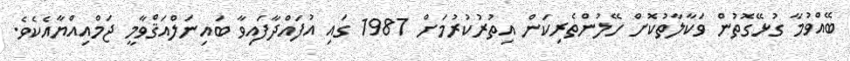
ބޭއްވުމާ ގުޅޭގޮތުން ވަކާލާތުކޮށް ހޭލުންތެރިކަން އިތުރުކުރުމަށް 1987 ގައި އުފައްދާފައިވާ ބައިނަލްއަޤްވާމީ ޖަމްއިއްޔާއެކެވެ.